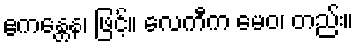
ဧကန္တေန၊ ဖြင့်။ လေကီက မေဝ၊ တည်း။